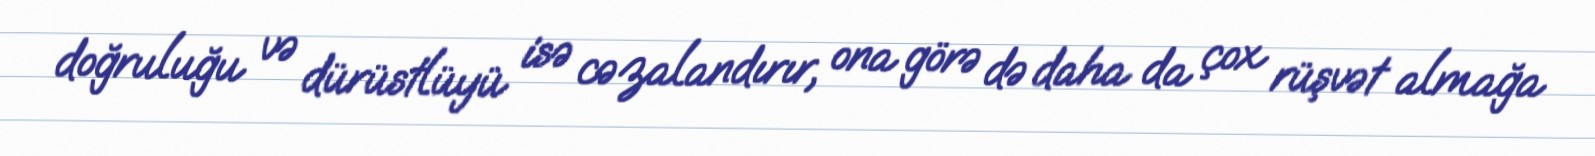
doğruluğu və dürüstlüyü isə cəzalandırır, ona görə də daha da çox rüşvət almağa